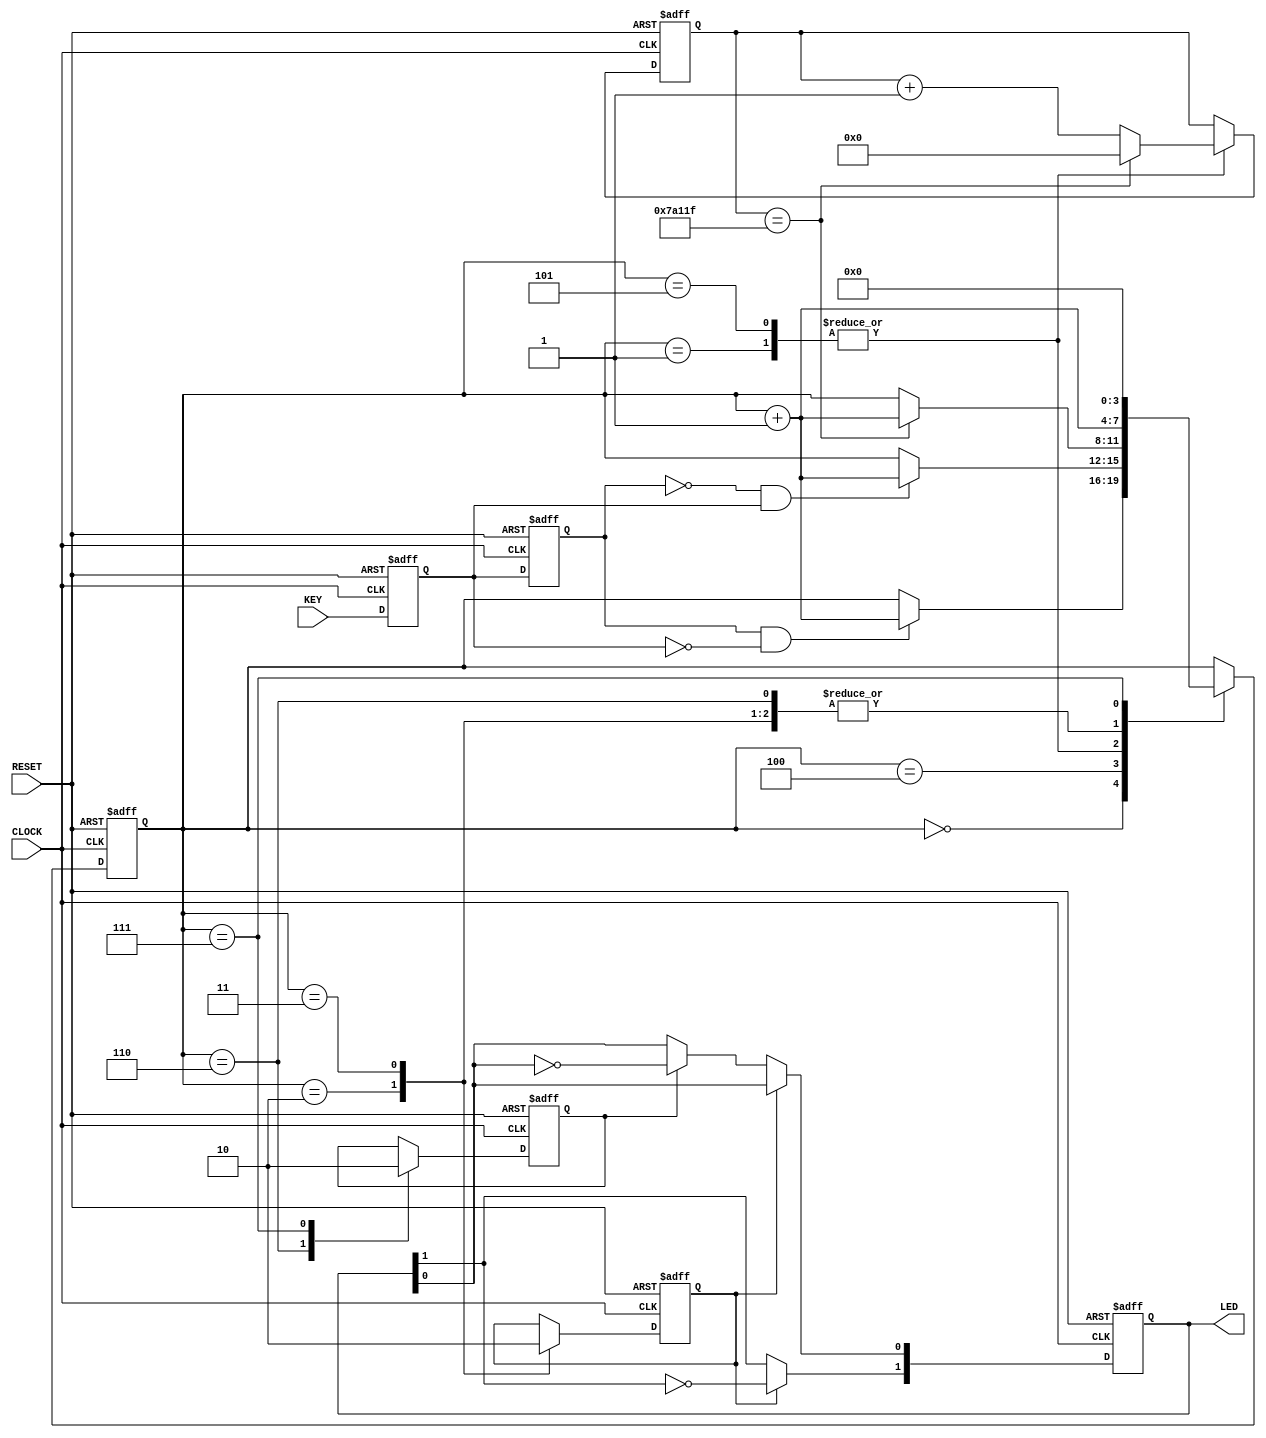
module key_funcmod
(
    input CLOCK, RESET,
	 input KEY,
	 output [1:0]LED
);
    parameter T10MS = 19'd500_000;
	 
	 /***************************/ //sub
	 
	 reg F2,F1; 
		 
	 always @ ( posedge CLOCK or negedge RESET ) 
	     if( !RESET ) 
		      { F2, F1 } <= 2'b11;
		  else 
		      { F2, F1 } <= { F1, KEY };
				
	 /***************************/ //core			
	
    wire isH2L = ( F2 == 1 && F1 == 0 );
	 wire isL2H = ( F2 == 0 && F1 == 1 );
	 reg [3:0]i;		 
	 reg isPress, isRelease;
	 reg [18:0]C1;
	 
	 always @ ( posedge CLOCK or negedge RESET )
	     if( !RESET )
		       begin
				    i <= 4'd0;
					 { isPress,isRelease } <= 2'b00;
					 C1 <= 19'd0;
				 end
		  else
		      case(i)
					 
					 0: // H2L check 
				     if( isH2L ) i <= i + 1'b1;
					 
					 1: // H2L debounce
					 if( C1 == T10MS -1 ) begin C1 <= 19'd0; i <= i + 1'b1; end
					 else C1 <= C1 + 1'b1;
					 
					 2: // Key trigger prees up
					 begin isPress <= 1'b1; i <= i + 1'b1; end
			       
			         3: // Key trigger prees down
					 begin isPress <= 1'b0; i <= i + 1'b1;	end	 
			 	
					 4: // L2H check 
					 if( isL2H ) i <= i + 1'b1;
					 
					 5: // L2H debounce
					 if( C1 == T10MS -1 ) begin C1 <= 19'd0; i <= i + 1'b1; end
					 else C1 <= C1 + 1'b1;		
					 
					 6: // Key trigger prees up
					 begin isRelease <= 1'b1; i <= i + 1'b1; end
			       
			         7: // Key trigger prees down
					 begin isRelease <= 1'b0; i <= 4'd0; end
				
				endcase
				
	/***********************/ // sub-demo
	
	reg [1:0]D1;
	
	always @ ( posedge CLOCK or negedge RESET )
	    if( !RESET )
		     D1 <= 2'b00;
		 else if( isPress )
		     D1[1] <= ~D1[1];
		 else if( isRelease )
		     D1[0] <= ~D1[0];
				
	assign LED = D1;

endmodule